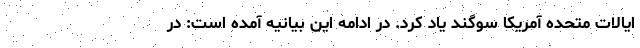
ایالات متحده آمریکا سوگند یاد کرد. در ادامه این بیانیه آمده است: در